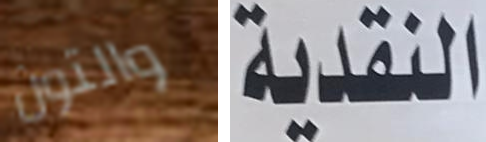
والتون النقدية